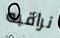
نراقبه